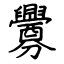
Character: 釁